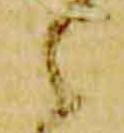
々